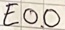
Text: E0.0